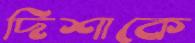
দিশাকে